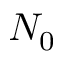
N _ { 0 }